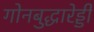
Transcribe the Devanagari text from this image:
गोनबुद्धारेड्डी